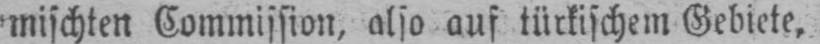
mischten Commission, also auf türkischem Gebiete,